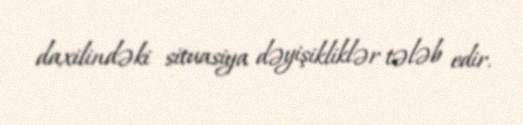
daxilindəki situasiya dəyişikliklər tələb edir.